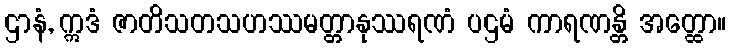
ဌာနံ, ဣဒံ ဇာတိသတသဟဿမတ္တာနုဿရဏံ ပဌမံ ကာရဏန္တိ အတ္ထော။